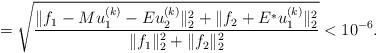
LaTeX: \begin{align*}=\sqrt{\frac{\|f_{1}-Mu^{(k)}_{1}-Eu^{(k)}_{2}\|^{2}_{2}+\|f_{2}+E^*u^{(k)}_{1}\|^{2}_{2}}{\|f_{1}\|^{2}_{2}+\|f_{2}\|^{2}_{2}}}< 10^{-6}.\end{align*}